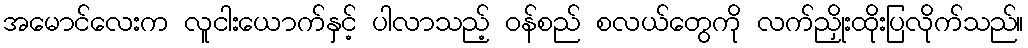
အမောင်လေးက လူငါးယောက်နှင့် ပါလာသည့် ဝန်စည် စလယ်တွေကို လက်ညှိုးထိုးပြလိုက်သည်။